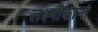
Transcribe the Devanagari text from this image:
लक्ष्मीकान्तं